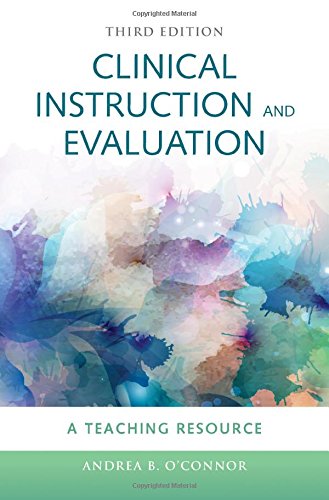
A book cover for Clinical Instruction  &  Evaluation: A Teaching Resource; Andrea B. O'Connor; Medical Books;